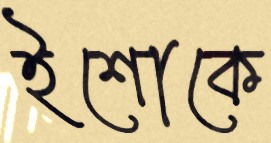
ইশোকে